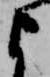
よ